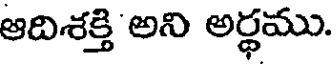
ఆదిశక్తి అని అర్థము.